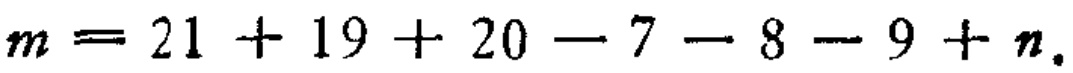
\(m = 21 + 19 + 20 - 7 - 8 - 9 + n\)